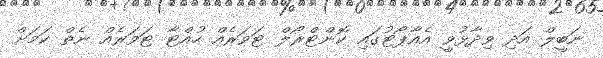
ނަބީލް އަދި ވިދާޅުވީ އެއާޕޯޓުގައި ކޮންޓްރޯލް ޓަވަރެއް ހުއްޓާ ޓަވަރެއް ނެތް ކަމަށް